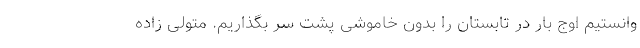
وانستیم اوج بار در تابستان را بدون خاموشی پشت سر بگذاریم. متولی زاده